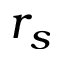
r _ { s }